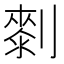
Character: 𠟴